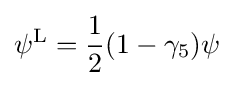
\psi ^{\rm {L}}={\frac {1}{2}}(1-\gamma _{5})\psi